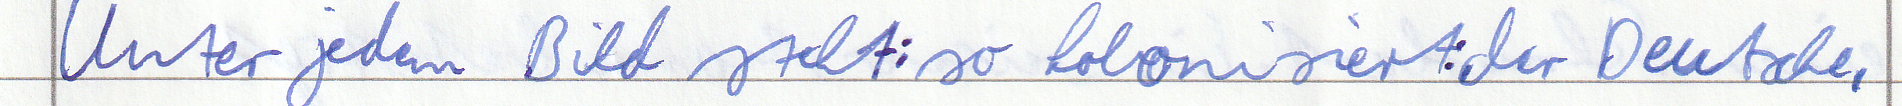
Unter jedem Bild steht: so kolonisiert: der Deutsche,